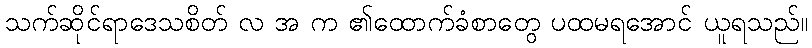
သက်ဆိုင်ရာဒေသစိတ် လ အ က ၏ထောက်ခံစာတွေ ပထမရအောင် ယူရသည်။